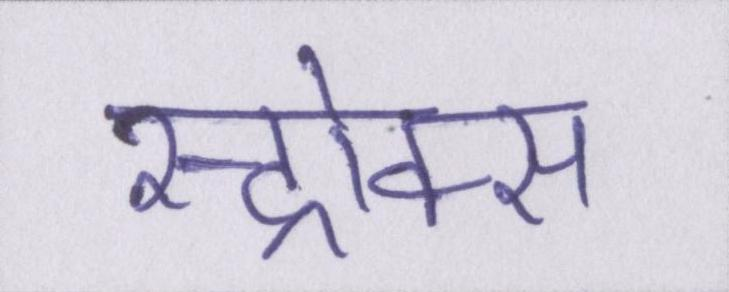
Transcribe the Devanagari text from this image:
स्ट्रोक्स